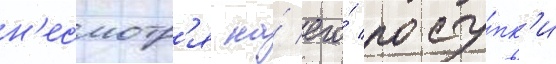
н'есмотр'я на́ его́ посту́пк'и